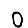
Digit: 0